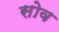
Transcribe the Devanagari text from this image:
सोव